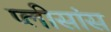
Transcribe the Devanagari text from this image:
प्लीसांस